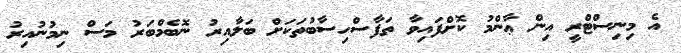
އެ މިނިސްޓްރީ އިން ޢާންމު ކޮށްފައިވާ ތަފާސްހިސާބުތަކަށް ބަލާއިރު ނޮބެމްބަރު މަސް ނިމުނުއިރު